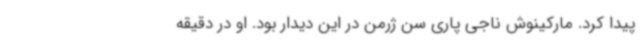
پیدا کرد. مارکینوش ناجی پاری سن ژرمن در این دیدار بود. او در دقیقه